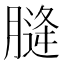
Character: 𮌨